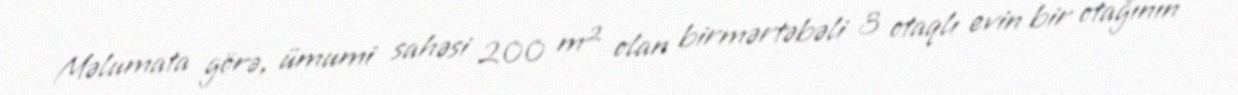
Məlumata görə, ümumi sahəsi 200 m² olan birmərtəbəli 3 otaqlı evin bir otağının